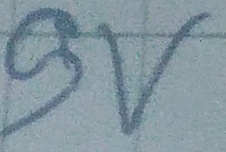
Text: 9V